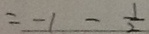
= - 1 - \frac { 1 } { 2 }